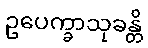
ဥပေက္ခာသုခန္တိ